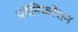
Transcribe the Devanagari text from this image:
प्रॉलिफरेशन